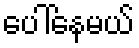
ပေါ်နေမယ်